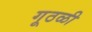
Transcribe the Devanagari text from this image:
गूठळी